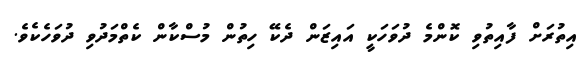
އިތުރަށް ފާއިތުވި ކޮންމެ ދުވަހަކީ އައިޒަން ދެކޭ ހިތުން މުސްކާން ކެތްމަދުވި ދުވަހެކެވެ.